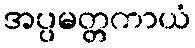
အပ္ပမတ္တကာယံ